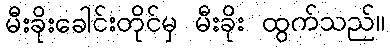
မီးခိုးခေါင်းတိုင်မှ မီးခိုး ထွက်သည်။